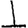
Digit: 1